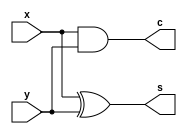
module Halfadder(x, y, s, c);

	input 	x, y;
	output	s, c;

	assign s = x^y;
	assign c = x&y;

endmodule